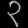
Digit: ၃